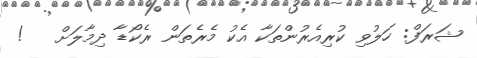
ޝަރަފް: ހަލުވި ކުރިއެރުންތަކާ އެކު މެރެތަން ރެކޯޑާ ދިމާލަށް   !